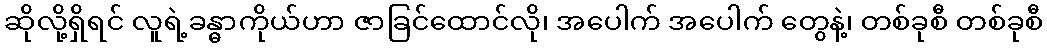
ဆိုလို့ရှိရင် လူရဲ့ခန္ဓာကိုယ်ဟာ ဇာခြင်ထောင်လို၊ အပေါက် အပေါက် တွေနဲ့၊ တစ်ခုစီ တစ်ခုစီ